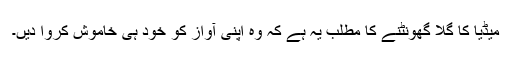
میڈیا کا گلا گھونٹنے کا مطلب یہ ہے کہ وہ اپنی آواز کو خود ہی خاموش کروا دیں۔